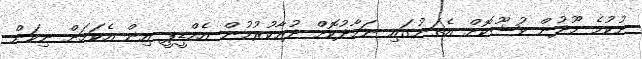
ނުކުމެ މޫދުން ވުޟޫކޮށް އެތަނުގައި ނަމާދުކޮށް ދުޢާކުރުމުން އެމްޑީޕީ އިން އެކަމަށް ނިކަން